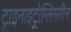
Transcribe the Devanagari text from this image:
ट्राइनाइट्रोग्लिसरीन